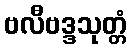
ဗလီဗဒ္ဒသုတ္တံ